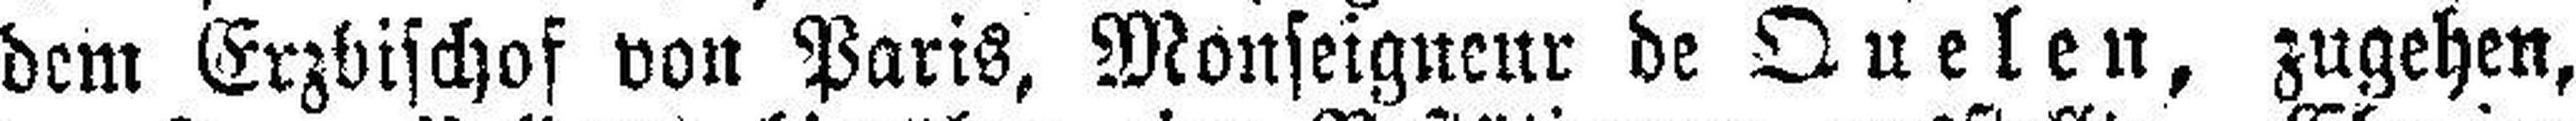
dem Erzbischof von Paris, Monseigneur de Quelen, zugehen,